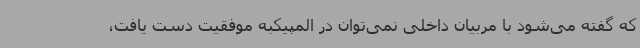
که گفته می‌شود با مربیان داخلی نمی‌توان در المپیکبه موفقیت دست یافت،